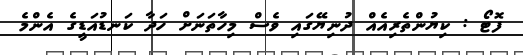
ފޮޓޯ : ކިޔުންތެރިއެއް ދުނިޔޭގައި ވެސް މިހާތަނަށް ހަދާ ކަނޑުއަޑީގެ އެންމެ